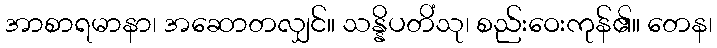
အာစာရမာနာ၊ အဆောတလျှင်။ သန္နိပတိံသု၊ စည်းဝေးကုန်၏။ တေန၊